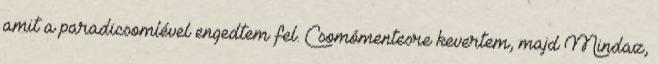
amit a paradicsomlével engedtem fel. Csomómentesre kevertem, majd Mindaz,